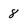
Character: 8